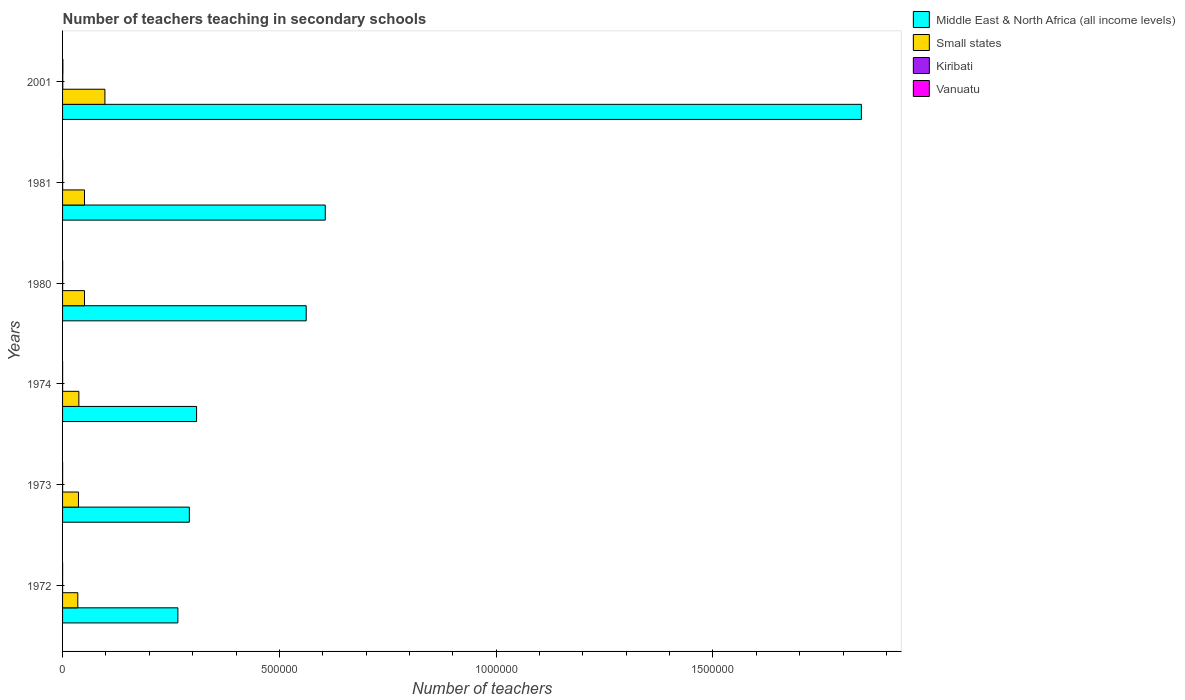
| Years | Middle East & North Africa (all income levels) | Small states | Kiribati | Vanuatu |
 | --- | --- | --- | --- | --- |
 | 1972 | 2.66e+05 | 3.51e+04 | 82 | 113 |
 | 1973 | 2.92e+05 | 3.67e+04 | 82 | 90 |
 | 1974 | 3.09e+05 | 3.76e+04 | 92 | 96 |
 | 1980 | 5.62e+05 | 5.06e+04 | 154 | 185 |
 | 1981 | 6.06e+05 | 5.06e+04 | 131 | 188 |
 | 2001 | 1.84e+06 | 9.76e+04 | 449 | 722 |